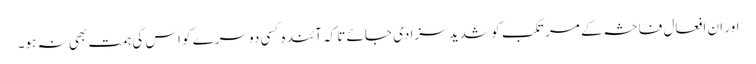
اور ان افعالِ فاحشہ کے مرتکب کو شدید سزا دی جائے تاکہ آئندہ کسی دوسرے کو اس کی ہمت بھی نہ ہو۔